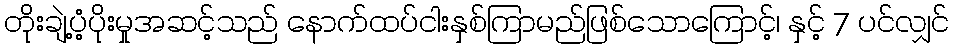
တိုးချဲ့ပံ့ပိုးမှုအဆင့်သည် နောက်ထပ်ငါးနှစ်ကြာမည်ဖြစ်သောကြောင့်၊ နှင့် 7 ပင်လျှင်